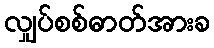
လျှပ်စစ်ဓာတ်အားခ